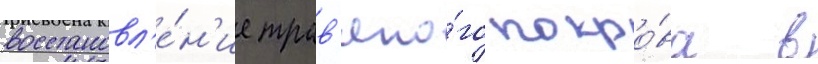
восстановл'е́н'ие трав'яно́го покро́ва в